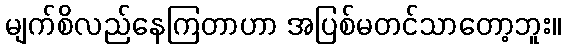
မျက်စိလည်နေကြတာဟာ အပြစ်မတင်သာတော့ဘူး။